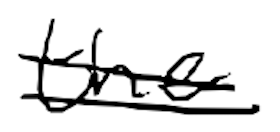
Text: the
Cross-out: double-line
Writing tool: digital_black